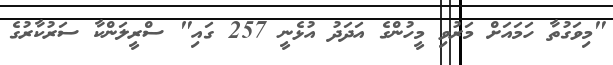
"މިވަގުތާ ހަމައަށް މަރުވި މީހުންގެ އަދަދު އުޅެނީ 257 ގައި" ސްރީލަންކާ ސަރުކާރުގެ